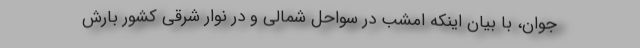
جوان، با بیان اینکه امشب در سواحل شمالی و در نوار شرقی کشور بارش